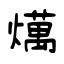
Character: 燤